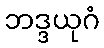
ဘဒ္ဒယုဂံ